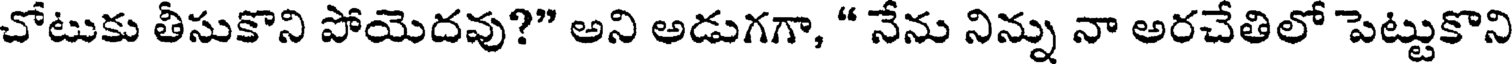
చోటుకు తీసుకొని పోయెదవు?" అని అడుగగా, " నేను నిన్ను నా అరచేతిలో పెట్టుకొని